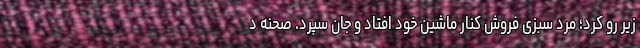
زیر رو کرد؛ مرد سبزی فروش کنار ماشین خود افتاد و جان سپرد. صحنه د